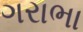
ગરાભા